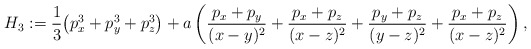
\begin{gather*} H_3:=\frac{1}{3}\big(p_x^3 +p_y^3+p_z^3\big)+a \left(\frac{p_x+p_y}{(x-y)^2}+\frac{p_x+p_z}{(x-z)^2}+ \frac{p_y+p_z}{(y-z)^2}+\frac{p_x+p_z}{(x-z)^2}\right) ,\end{gather*}